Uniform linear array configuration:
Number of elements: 32
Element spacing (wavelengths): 0.25
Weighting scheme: hamming
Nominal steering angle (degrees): -45
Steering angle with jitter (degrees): -46.049
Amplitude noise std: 0.05
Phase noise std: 0.05

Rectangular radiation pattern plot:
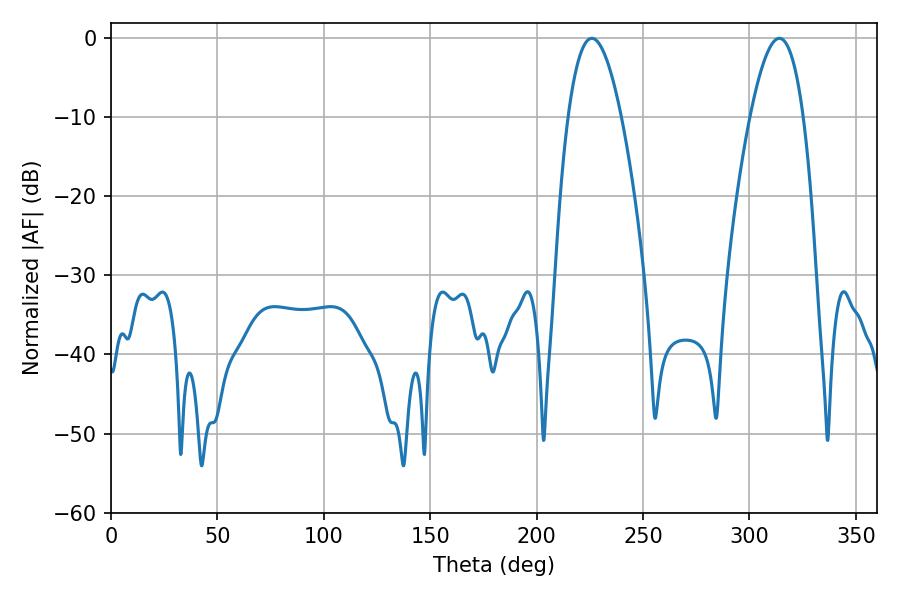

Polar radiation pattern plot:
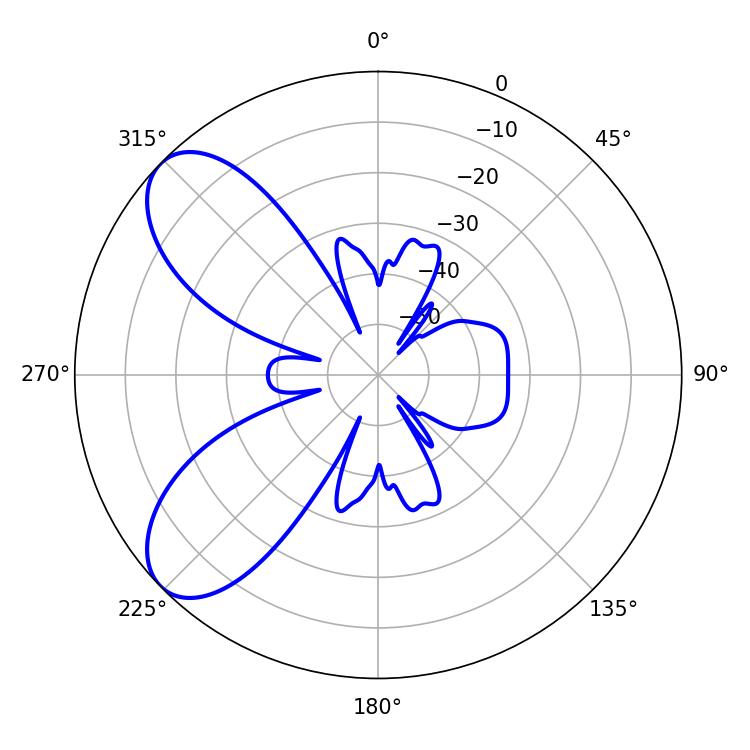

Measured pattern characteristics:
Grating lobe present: FALSE
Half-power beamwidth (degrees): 13.86
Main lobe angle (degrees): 225.9